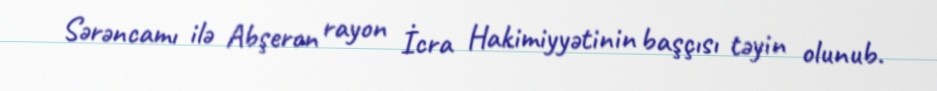
Sərəncamı ilə Abşeron rayon İcra Hakimiyyətinin başçısı təyin olunub.